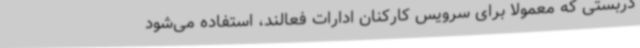
دربستی که معمولا برای سرویس کارکنان ادارات فعالند، استفاده می‌شود